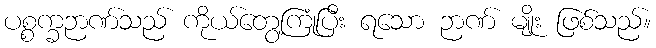
ပစ္စက္ခဉာဏ်သည် ကိုယ်တွေ့ကြုံပြီး ရသော ဉာဏ် မျိုး ဖြစ်သည်။